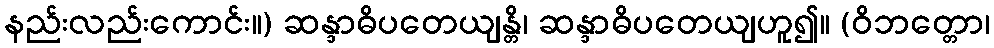
နည်းလည်းကောင်း။) ဆန္ဒာဓိပတေယျန္တိ၊ ဆန္ဒာဓိပတေယျဟူ၍။ (ဝိဘတ္တော၊